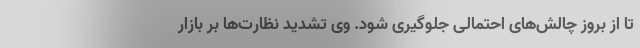
تا از بروز چالش‌های احتمالی جلوگیری شود. وی تشدید نظارت‌ها بر بازار